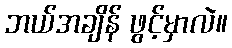
ဘယ်အချိန် ဖွင့်မှာလဲ။